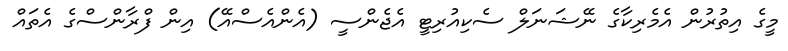
މީގެ އިތުރުން އެމެރިކާގެ ނޭޝަނަލް ސެކިއުރިޓީ އެޖެންސީ (އެންއެސްއޭ) އިން ފްރާންސްގެ އެތައް